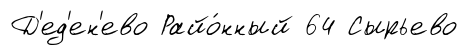
Д'ед'ен'ево Райо́нный 64 Сырьево